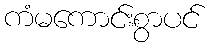
ကံမကောင်းစွာပင်